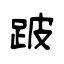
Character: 跛